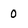
Character: o